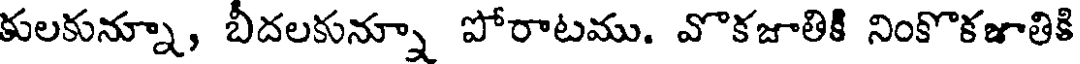
కులకున్నూ, బీదలకున్నూ పోరాటము. వొకజాతికి నింకొకజాతికి